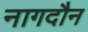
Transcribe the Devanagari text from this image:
नागदौन